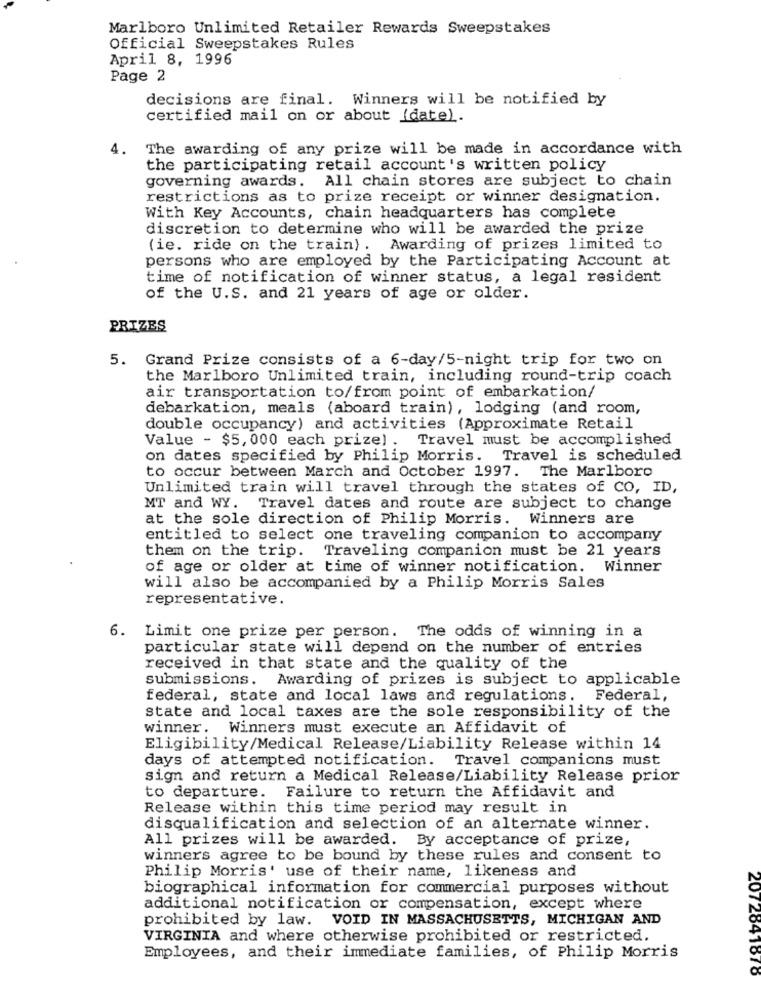
Marlboro Unlimited Retailer Rewards Sweepstakes
Official Sweepstakes Rules
April 8, 1996
Page 2
decisions are final. Winners will be notified by
certified mail on or about (date).
4. The awarding of any prize will be made in accordance with
the participating retail account's written policy
governing awards. All chain stores are subject to chain
restrictions as to prize receipt or winner designation.
With Key Accounts, chain headquarters has complete
discretion to determine who will be awarded the prize
(ie. ride on the train). Awarding of prizes limited to
persons who are employed by the Participating Account at
time of notification of winner status, a legal resident
of the U.S. and 21 years of age or older.
PRIZES
5. Grand Prize consists of a 6-day/5-night trip for two on
the Marlboro Unlimited train, including round-trip coach
air transportation to/from point of embarkation/
debarkation, meals (aboard train), lodging (and room,
double occupancy) and activities (Approximate Retail
Value - $5, 000 each prize) . Travel must be accomplished
on dates specified by Philip Morris.
Travel is scheduled
to occur between March and October 1997. The Marlboro
Unlimited train will travel through the states of CO, ID,
MT and WY. Travel dates and route are subject to change
at the sole direction of Philip Morris. Winners are
entitled to select one traveling companion to accompany
them on the trip. Traveling companion must be 21 years
of age or older at time of winner notification. Winner
will also be accompanied by a Philip Morris Sales
representative.
6. Limit one prize per person. The odds of winning in a
particular state will depend on the number of entries
received in that state and the quality of the
submissions. Awarding of prizes is subject to applicable
federal, state and local laws and regulations. Federal,
state and local taxes are the sole responsibility of the
winner. Winners must execute an Affidavit of
Eligibility/Medical Release/Liability Release within 14
days of attempted notification. Travel companions must
sign and return a Medical Release/Liability Release prior
to departure. Failure to return the Affidavit and
Release within this time period may result in
disqualification and selection of an alternate winner.
All prizes will be awarded. By acceptance of prize,
winners agree to be bound by these rules and consent to
Philip Morris' use of their name, likeness and
biographical information for commercial purposes without
additional notification or compensation, except where
prohibited by law. VOID IN MASSACHUSETTS, MICHIGAN AND
VIRGINIA and where otherwise prohibited or restricted.
Employees, and their immediate families, of Philip Morris
2072041010